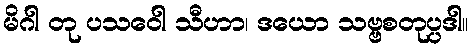
မိဂါ တု ပသဝေါ သီဟာ၊ ဒယော သဗ္ဗစတုပ္ပဒါ။